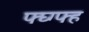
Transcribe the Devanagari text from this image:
फ्घ्ग्फ्ह